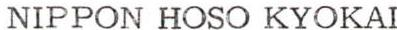
NIPPON HOSO KYOKAI